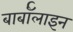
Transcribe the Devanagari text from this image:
बार्बॉलाइन